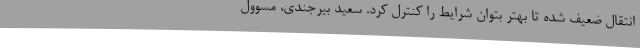
انتقال ضعیف شده تا بهتر بتوان شرایط را کنترل کرد. سعید بیرجندی، مسوول